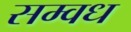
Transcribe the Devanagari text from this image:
सम्वध